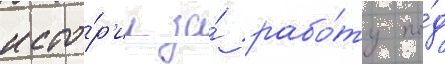
исто́р'ии за́ рабо́ту по́д